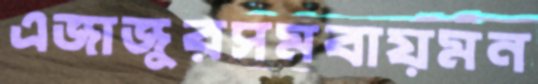
এজাজুরসমবায়মন